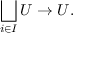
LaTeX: \bigsqcup _ { i \in I } U \to U .